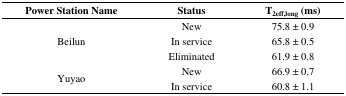
<table><thead><tr><td><b>Power Station Name</b></td><td><b>Status</b></td><td><b>T<sub>2eff,long</sub> (ms)</b></td></tr></thead><tbody><tr><td rowspan="3">Beilun</td><td>New</td><td>75.8 ± 0.9</td></tr><tr><td>In service</td><td>65.8 ± 0.5</td></tr><tr><td>Eliminated</td><td>61.9 ± 0.8</td></tr><tr><td rowspan="2">Yuyao</td><td>New</td><td>66.9 ± 0.7</td></tr><tr><td>In service</td><td>60.8 ± 1.1</td></tr></tbody></table>